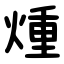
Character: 煄